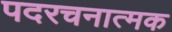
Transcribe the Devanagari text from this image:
पदरचनात्मक